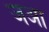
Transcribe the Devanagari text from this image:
जआ